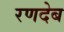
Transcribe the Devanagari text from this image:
रणदेब